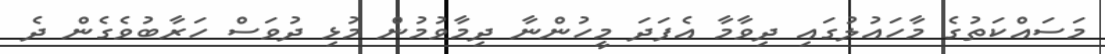
މަސައްކަތުގެ މާހައުލުގައި ދިވާމާ އެފަދަ މީހުންނާ ދިމާވުމުން މުޅި ދުވަސް ހަރާބުވެގެން ދެ